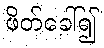
ဖိတ်ခေါ်၍